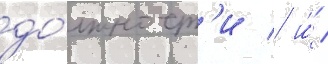
до́лжност'и / и́ /